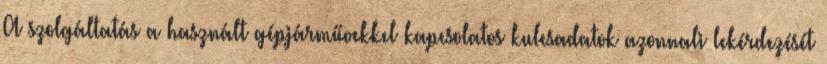
A szolgáltatás a használt gépjárművekkel kapcsolatos kulcsadatok azonnali lekérdezését